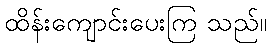
ထိန်းကျောင်းပေးကြ သည်။